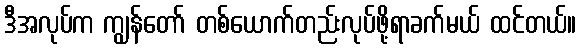
ဒီအလုပ်က ကျွန်တော် တစ်ယောက်တည်းလုပ်ဖို့ရာခက်မယ် ထင်တယ်။